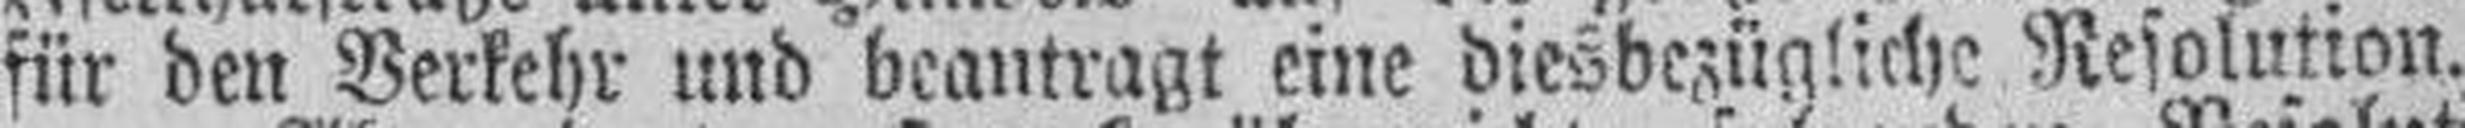
für den Verkehr und beantragt eine diesbezügliche Resolution.